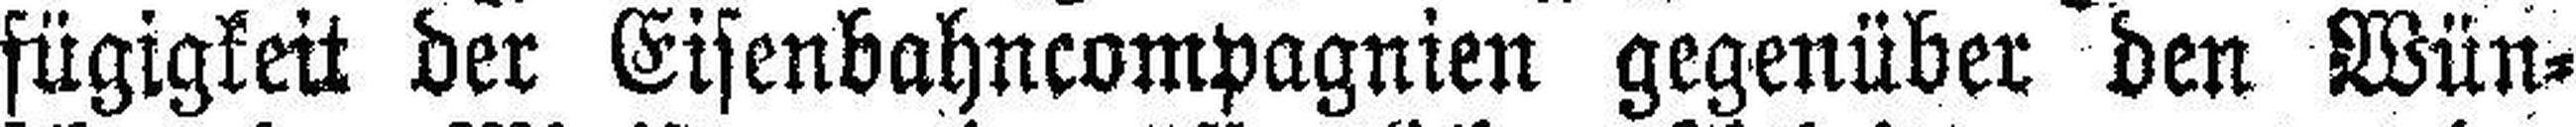
fügigkeit der Eisenbahncompagnien gegenüber den Wün¬